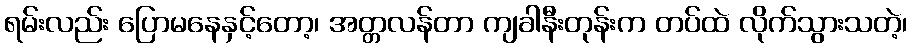
ရမ်းလည်း ပြောမနေနှင့်တော့၊ အတ္တလန်တာ ကျခါနီးတုန်းက တပ်ထဲ လိုက်သွားသတဲ့၊